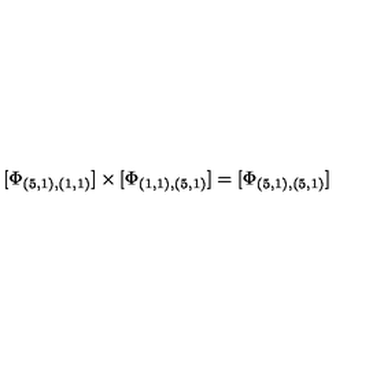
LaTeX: \lbrack \Phi _ { ( 5 , 1 ) , ( 1 , 1 ) } ] \times [ \Phi _ { ( 1 , 1 ) , ( 5 , 1 ) } ] = [ \Phi _ { ( 5 , 1 ) , ( 5 , 1 ) } ]